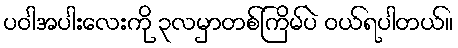
ပဝါအပါးလေးကို ၃လမှာတစ်ကြိမ်ပဲ ဝယ်ရပါတယ်။